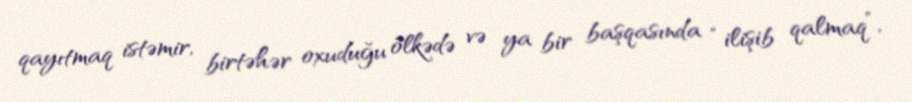
qayıtmaq istəmir, birtəhər oxuduğu ölkədə və ya bir başqasında “ilişib qalmaq”,